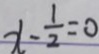
x - \frac { 1 } { 2 } = 0